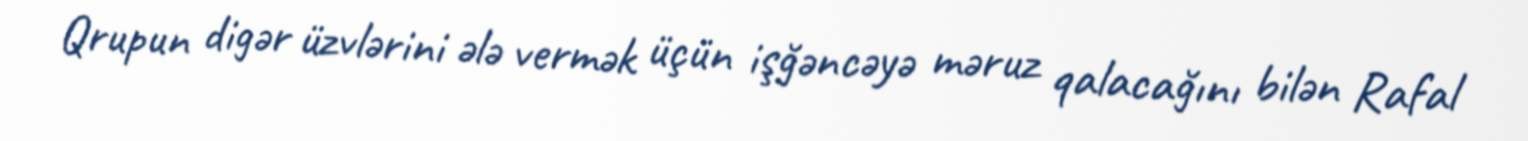
Qrupun digər üzvlərini ələ vermək üçün işğəncəyə məruz qalacağını bilən Rafal